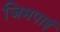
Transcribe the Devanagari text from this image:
जिमपाई